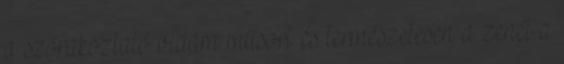
a szórakoztató vidám műsort és természetesen a zenét a